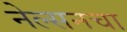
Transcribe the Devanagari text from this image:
नेल्सनचा